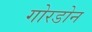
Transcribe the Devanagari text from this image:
गोरडोन